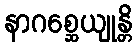
နာဂစ္ဆေယျုန္တိ